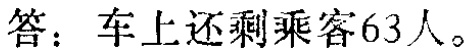
答：车上还剩乘客63人。